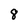
Character: 8